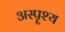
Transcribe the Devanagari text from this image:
अस्पॄश्य